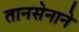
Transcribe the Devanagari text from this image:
तानसेनाने